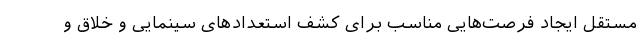
مستقل ایجاد فرصت‌هایی مناسب برای کشف استعداد‌های سینمایی و خلاق و